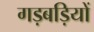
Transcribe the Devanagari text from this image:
गड़बड़ियों